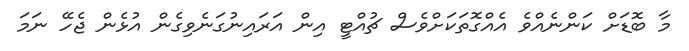
މާ ބޮޑަށް ކަންނެއްވެ އެއްގޮތަކަށްވެސް ޗުއްޓީ އިން އަރައިނުގަނެވިގެން އުޅެން ޖެހޭ ނަމަ